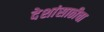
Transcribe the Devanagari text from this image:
देशांसाठीचा